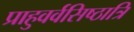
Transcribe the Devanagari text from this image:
प्राहुवर्वसिष्ठात्रि